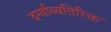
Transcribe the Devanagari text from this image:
दर्ग्याव्यतिरिक्त